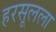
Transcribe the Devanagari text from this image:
हरसूलला